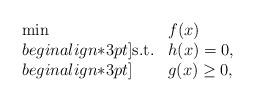
LaTeX: \begin{align*}\begin{array}{ll}\min & f(x)\\begin{align*}3pt]{\rm s.t.} & h(x)=0,\\begin{align*}3pt]& g(x)\geq 0,\end{array}\end{align*}